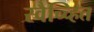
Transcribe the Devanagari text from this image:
स्वैच्च्हित